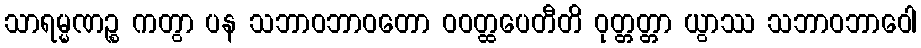
သာရမ္မဏဉ္စ ကတွာ ပန သဘာဝဘာဝတော ဝဝတ္ထပေတီတိ ဝုတ္တတ္တာ ယွာဿ သဘာဝဘာဝေါ